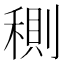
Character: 𥠉